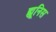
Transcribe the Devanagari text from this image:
ह्यूनिस